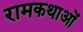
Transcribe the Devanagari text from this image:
रामकथाओं